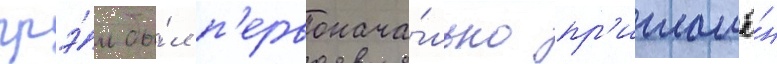
грэ́м бы́л п'ервонача́льно пр'иглашё́н